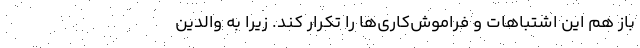
باز هم این اشتباهات و فراموش‌کاری‌ها را تکرار کند. زیرا به والدین